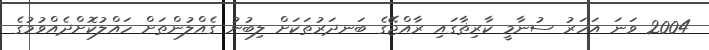
2004 ވަނަ އަހަރު ސުނާމީ ކާރިޡާގައި ރާއްޖޭގެ ބަނދަރުތަކަށް ލިބުނު ގެއްލުންތަށް ހައްލުކޮށްދެއްވުމުގެ